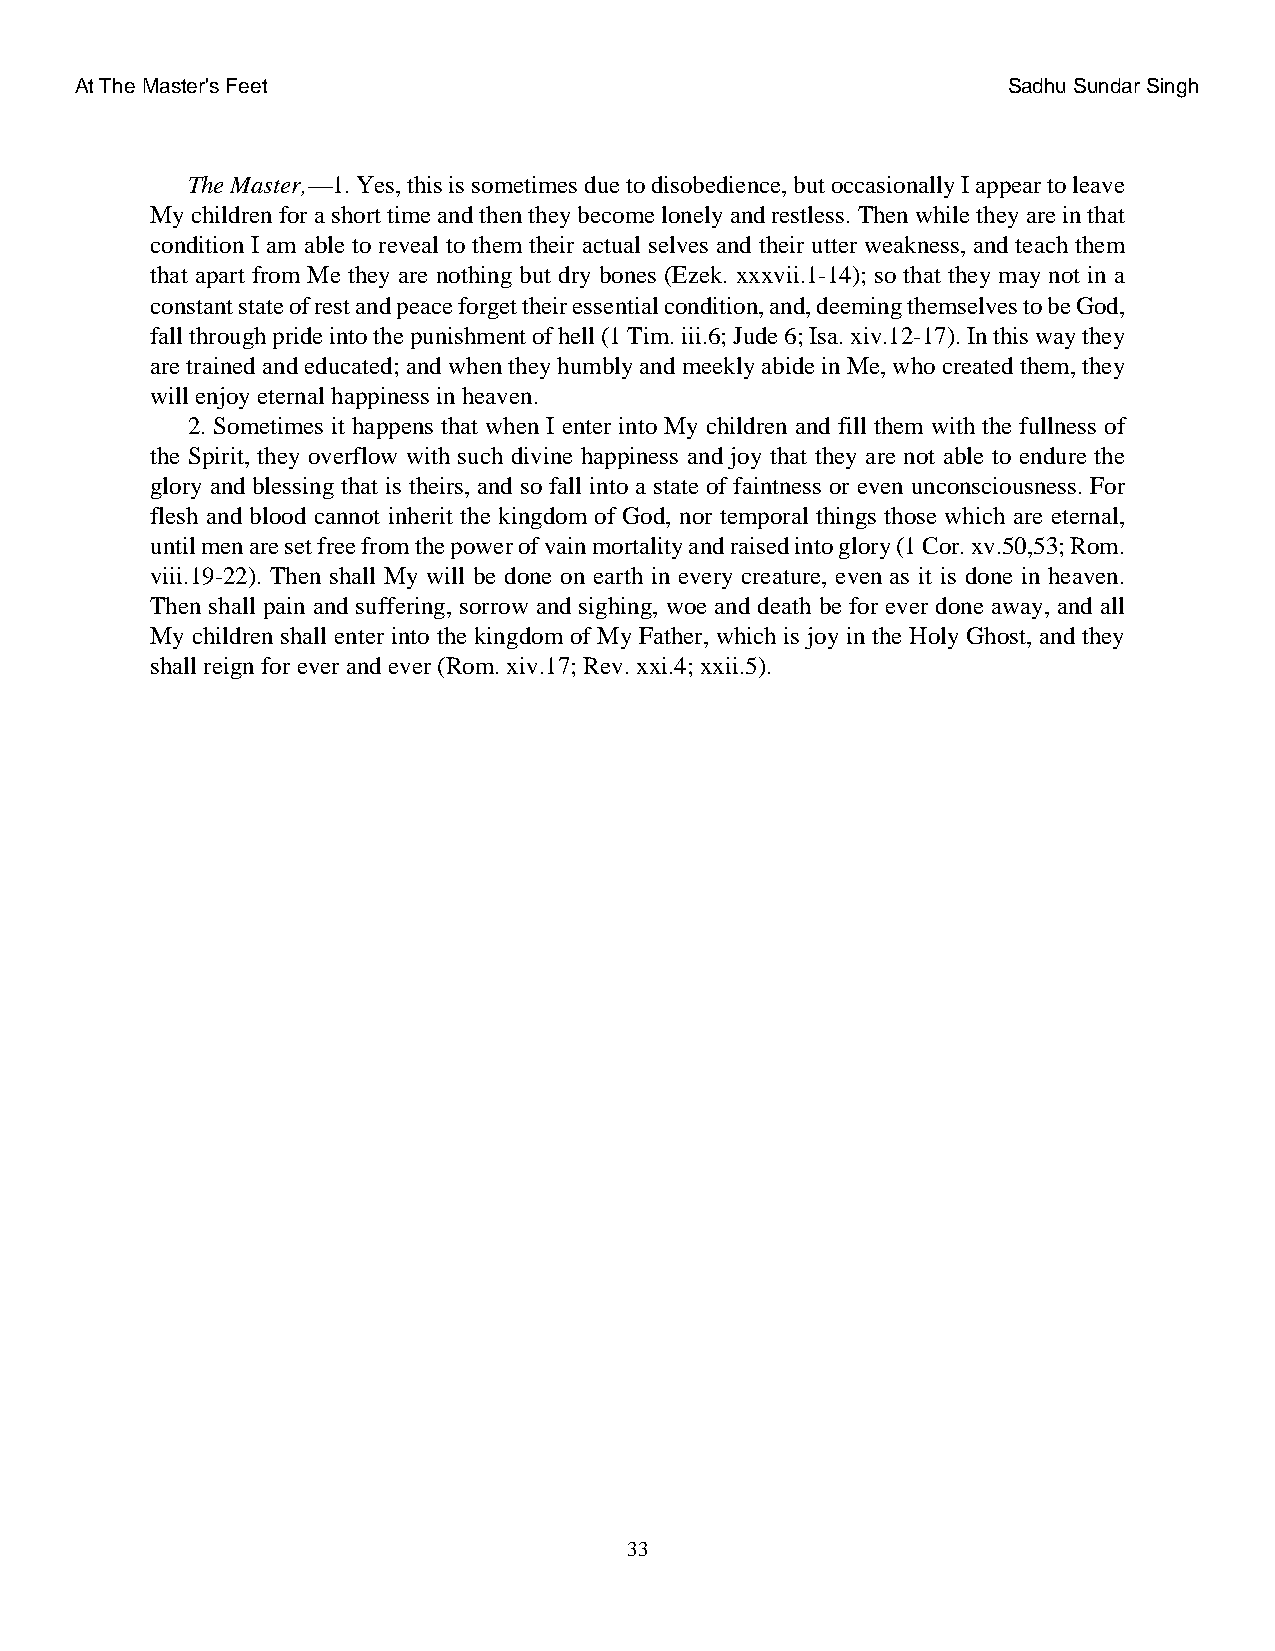
At The Master's Feet                                          Sadhu Sundar Singh
 The Master,—1. Yes, this is sometimes due to disobedience, but occasionally I appear to leave
 My children for a short time and then they become lonely and restless. Then while they are in that
 condition I am able to reveal to them their actual selves and their utter weakness, and teach them
 that apart from Me they are nothing but dry bones (Ezek. xxxvii.1-14); so that they may not in a
 constant state of rest and peace forget their essential condition, and, deeming themselves to be God,
 fall through pride into the punishment of hell (1 Tim. iii.6; Jude 6; Isa. xiv.12-17). In this way they
 are trained and educated; and when they humbly and meekly abide in Me, who created them, they
 will enjoy eternal happiness in heaven.
 2. Sometimes it happens that when I enter into My children and fill them with the fullness of
 the Spirit, they overflow with such divine happiness and joy that they are not able to endure the
 glory and blessing that is theirs, and so fall into a state of faintness or even unconsciousness. For
 flesh and blood cannot inherit the kingdom of God, nor temporal things those which are eternal,
 until men are set free from the power of vain mortality and raised into glory (1 Cor. xv.50,53; Rom.
 viii.19-22). Then shall My will be done on earth in every creature, even as it is done in heaven.
 Then shall pain and suffering, sorrow and sighing, woe and death be for ever done away, and all
 My children shall enter into the kingdom of My Father, which is joy in the Holy Ghost, and they
 shall reign for ever and ever (Rom. xiv.17; Rev. xxi.4; xxii.5).
 33